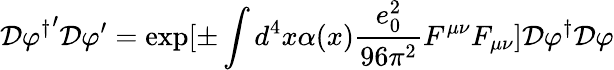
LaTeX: {\cal D}{\varphi^{\dagger}}^{\prime}{\cal D}\varphi^{\prime}=\exp[\pm\int d^{4}x\alpha(x)\frac{e_{0}^{2}}{96\pi^{2}}F^{\mu\nu}F_{\mu\nu}]{\cal D}{\varphi^{\dagger}}{\cal D}\varphi